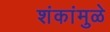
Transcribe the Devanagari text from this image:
शंकांमुळे